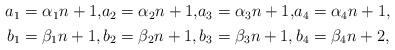
LaTeX: \begin{align*}\begin{alignedat}{4}a_1&=\alpha_1n+1, &a_2&=\alpha_2n+1, &a_3&=\alpha_3n+1, &a_4&=\alpha_4n+1,\\b_1&=\beta_1n+1, &b_2&=\beta_2n+1, &b_3&=\beta_3n+1, &b_4&=\beta_4n+2,\end{alignedat}\end{align*}